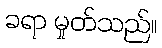
ခရာ မှုတ်သည်။